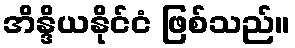
အိန္ဒိယနိုင်ငံ ဖြစ်သည်။